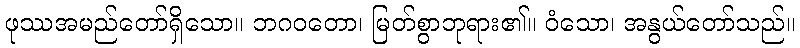
ဖုဿအမည်တော်ရှိသော။ ဘဂဝတော၊ မြတ်စွာဘုရား၏။ ဝံသော၊ အနွယ်တော်သည်။